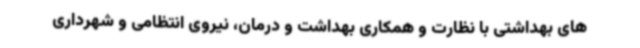
های بهداشتی با نظارت و همکاری بهداشت و درمان، نیروی انتظامی و شهرداری